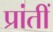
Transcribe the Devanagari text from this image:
प्रांतीं